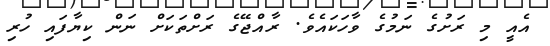
އެއީ މި ރަށުގެ ނަމުގެ ވާހަކައެވެ. ރާއްޖޭގެ ރަށްތަކަށް ނަން ކިޔާފައި ހުރި